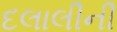
દલાલીની